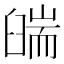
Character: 𦦇